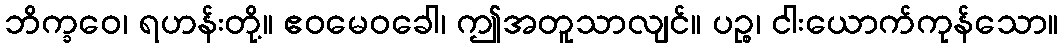
ဘိက္ခဝေ၊ ရဟန်းတို့။ ဧဝမေဝခေါ၊ ဤအတူသာလျင်။ ပဉ္စ၊ ငါးယောက်ကုန်သော။